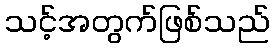
သင့်အတွက်ဖြစ်သည်